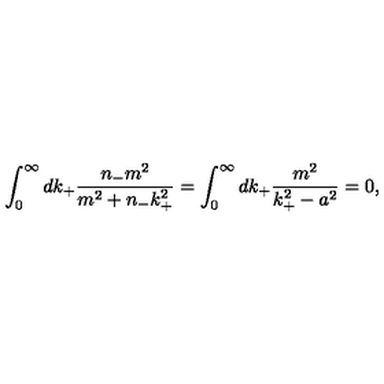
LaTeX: \int _ { 0 } ^ { \infty } d k _ { + } \frac { n _ { - } m ^ { 2 } } { m ^ { 2 } + n _ { - } k _ { + } ^ { 2 } } = \int _ { 0 } ^ { \infty } d k _ { + } \frac { m ^ { 2 } } { k _ { + } ^ { 2 } - a ^ { 2 } } = 0 ,